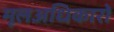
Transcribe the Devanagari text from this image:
मूलअधिकारों